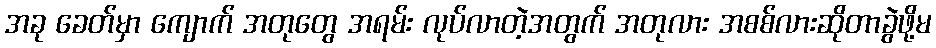
အခု ခေတ်မှာ ကျောက် အတုတွေ အရမ်း လုပ်လာတဲ့အတွက် အတုလား အစစ်လားဆိုတာခွဲဖို့မ